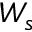
W _ { s }